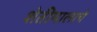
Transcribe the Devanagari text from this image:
शेतीमालाचे